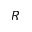
R